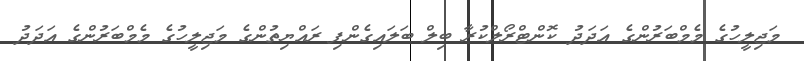
މަޖިލީހުގެ މެމްބަރުންގެ އަދަދު ކޮންޓްރޯލްކުރާ ބިލް ބަލައިގެންފި ރައްޔިތުންގެ މަޖިލީހުގެ މެމްބަރުންގެ އަދަދު